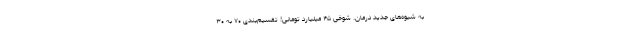
به شیوه‌های جدید درمان. شوخی ۴۵ میلیارد تومانی! تقسیم‌بندی ۷۰ به ۳۰